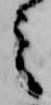
之